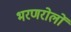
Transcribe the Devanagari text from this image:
भरणरोलों